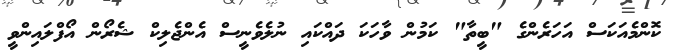
ކޮންމެއަކަސް އަހަރެންގެ "ބީތާ" ކަމުން ވާހަކަ ދައްކައި ނުލެވެނީސް އެންޖެލިކް ޝެރޯން އޯފްލައިންވީ